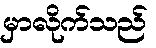
မှာလိုက်သည်